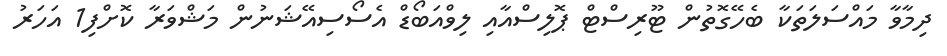
ދިމާވާ މައްސަލަތަކާ ބެހޭގޮތުން ޓޫރިސްޓް ޕޮލިސްއާއި ލިވްއަބޯޑް އެސޯސިއޭޝަނުން މަޝްވަރާ ކޮށްފި1 އަހަރު